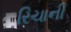
રિચાની